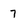
Character: 7